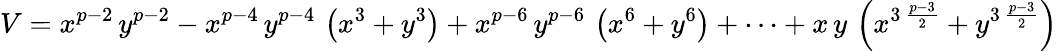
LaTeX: V={x^{p-2}}\, {y^{p-2}}-{x^{p-4}}\, {y^{p-4}}\, \left({x^{3}}+{y^{3}}\right)+{x^{p-6}}\, {y^{p-6}}\, \left({x^{6}}+{y^{6}}\right)+\cdots+x\, y\, \left({x^{3\, {\frac{p-3}{2}}}}+{y^{3\, {\frac{p-3}{2}}}}\right)